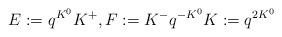
LaTeX: \begin{align*} E := q^{K^0} K^+ , F:= K^- q^{-K^0} K:= q^{2K^0}\end{align*}